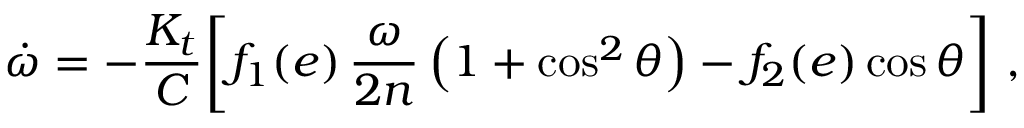
\dot { \omega } = - \frac { { \cal K } _ { t } } { C } \bigg [ f _ { 1 } ( e ) \, \frac { \omega } { 2 n } \left( 1 + \cos ^ { 2 } \theta \right) - f _ { 2 } ( e ) \cos \theta \bigg ] \ ,